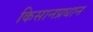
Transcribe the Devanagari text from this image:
किसानप्रधान